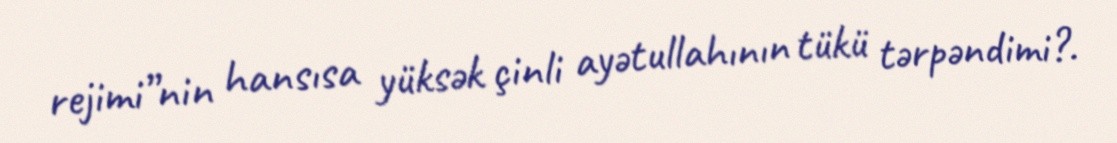
rejimi”nin hansısa yüksək çinli ayətullahının tükü tərpəndimi?.